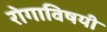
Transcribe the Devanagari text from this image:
रोगाविषयी